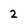
Character: 2